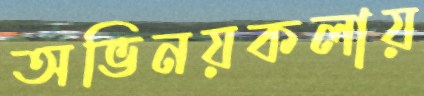
অভিনয়কলায়